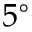
5 ^ { \circ }